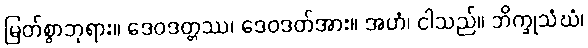
မြတ်စွာဘုရား။ ဒေဝဒတ္တဿ၊ ဒေဝဒတ်အား။ အဟံ၊ ငါသည်။ ဘိက္ခုသံဃံ၊